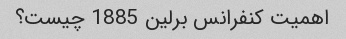
اهمیت کنفرانس برلین 1885 چیست؟